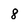
Character: 8